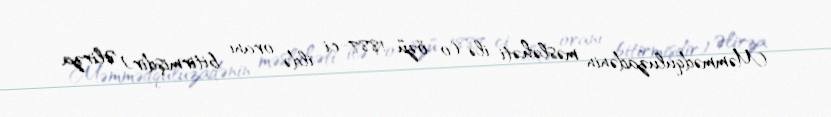
Məmmədquluzadənin məsləhəti ilə (o özü 1887-ci ildə oranı bitirmişdir) Əlirza